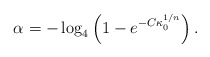
\begin{align*}\alpha = -\log_4\left(1-e^{-C\kappa_0^{1/n}}\right).\end{align*}